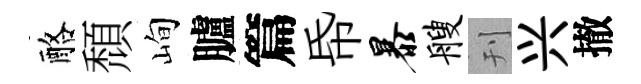
酪頹峋臚篇帋暴艘刊兴撤